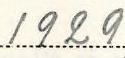
1929